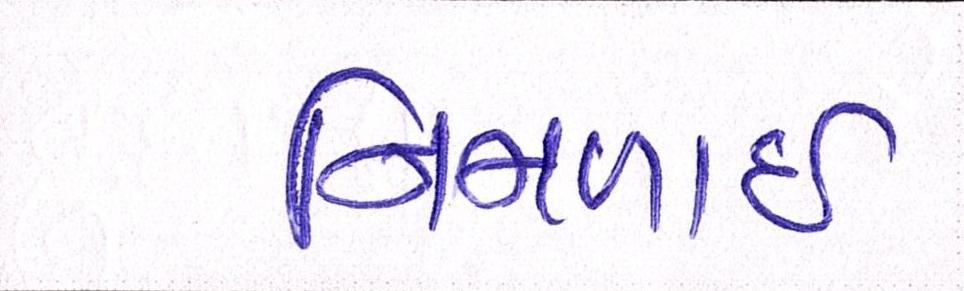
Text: નિમળાઈ